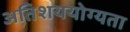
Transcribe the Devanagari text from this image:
अतिशययोग्यता